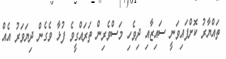
ތައްޔާރު ކޮށްފައިވަނީ ސައިޒާއި ދިވެހި މަސްވެރިން ތަރައްގީވެ ފުޅާ ވެގެން ދިޔަވަރު އެއް